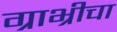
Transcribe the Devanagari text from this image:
ग्राभ्रीचा